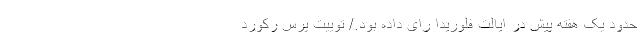
حدود یک هفته پیش در ایالت فلوریدا رای داده بود./ توییت پرس رکورد